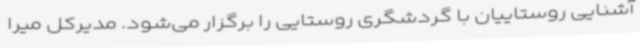
آشنایی روستاییان با گردشگری روستایی را برگزار می‌شود. مدیرکل میرا